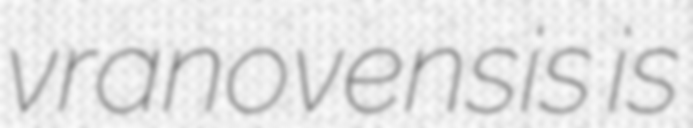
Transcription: vranovensis is